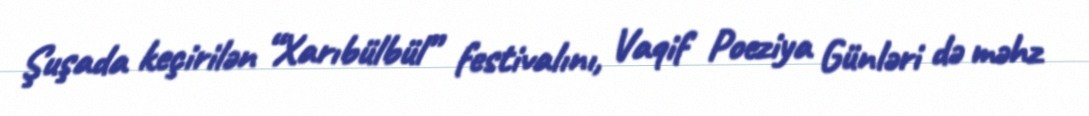
Şuşada keçirilən “Xarıbülbül” festivalını, Vaqif Poeziya Günləri də məhz